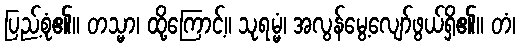
ပြည့်စုံ၏။ တသ္မာ၊ ထို့ကြောင့်။ သုရမ္မံ၊ အလွန်မွေ့လျော်ဖွယ်ရှိ၏။ တံ၊